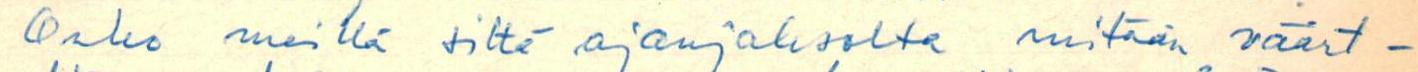
Onko meillä siltä ajanjaksolta mitään väärt-